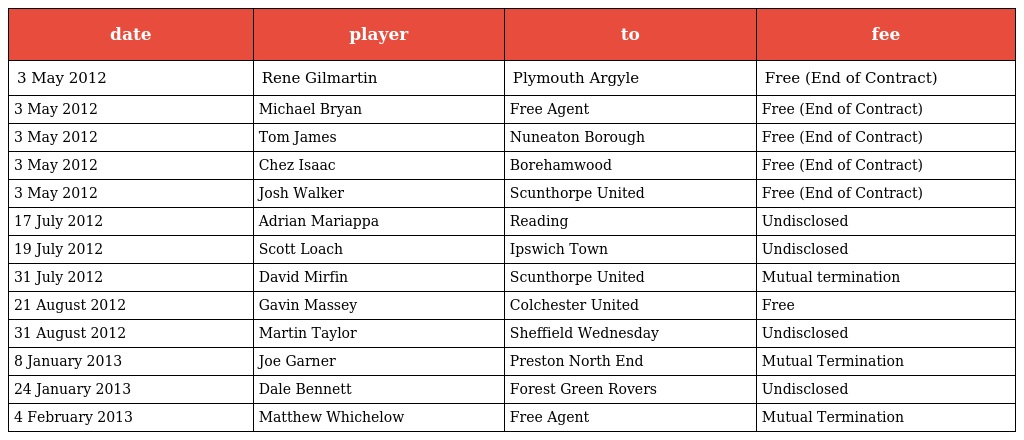
| date | player | to | fee |
 | --- | --- | --- | --- |
 | 3 May 2012 | Rene Gilmartin | Plymouth Argyle | Free (End of Contract) |
 | 3 May 2012 | Michael Bryan | Free Agent | Free (End of Contract) |
 | 3 May 2012 | Tom James | Nuneaton Borough | Free (End of Contract) |
 | 3 May 2012 | Chez Isaac | Borehamwood | Free (End of Contract) |
 | 3 May 2012 | Josh Walker | Scunthorpe United | Free (End of Contract) |
 | 17 July 2012 | Adrian Mariappa | Reading | Undisclosed |
 | 19 July 2012 | Scott Loach | Ipswich Town | Undisclosed |
 | 31 July 2012 | David Mirfin | Scunthorpe United | Mutual termination |
 | 21 August 2012 | Gavin Massey | Colchester United | Free |
 | 31 August 2012 | Martin Taylor | Sheffield Wednesday | Undisclosed |
 | 8 January 2013 | Joe Garner | Preston North End | Mutual Termination |
 | 24 January 2013 | Dale Bennett | Forest Green Rovers | Undisclosed |
 | 4 February 2013 | Matthew Whichelow | Free Agent | Mutual Termination |